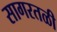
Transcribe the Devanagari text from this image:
सागरतळी